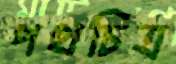
পথচিত্র